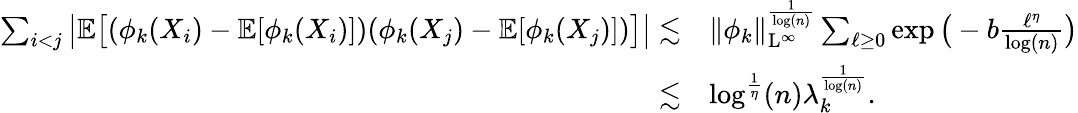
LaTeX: \begin{array}{rl}{\sum_{i<j}\big\vert\mathbb{E}\big[(\phi_{k}(X_{i})-\mathbb{E}[\phi_{k}(X_{i})])(\phi_{k}(X_{j})-\mathbb{E}[\phi_{k}(X_{j})])\big]\big\vert\lesssim}&{\| \phi_{k}\| _{\mathrm{L}^{\infty}}^{\frac{1}{\log(n)}}\sum_{\ell\geq 0}\exp\big(-b\frac{\ell^{\eta}}{\log(n)}\big)}\\ {\lesssim}&{\log^{\frac{1}{\eta}}(n)\lambda_{k}^{\frac{1}{\log(n)}}.}\end{array}